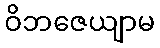
ဝိဘဇေယျာမ